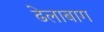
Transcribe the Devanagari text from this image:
ढेलाबाग